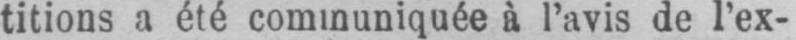
titions a été communiquée à l’avis de l’ex-